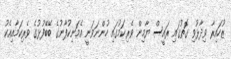
ޒުހައިރާ ވިދާޅުވި ގޮތުގައި ރައީސް ޔާމިން ވެރިކަމުގައި ހުންނަވަނީ އެމަނިކުފާނުގެ ބޭބޭފުޅުގެ ވެރިކަމާއިއެކު